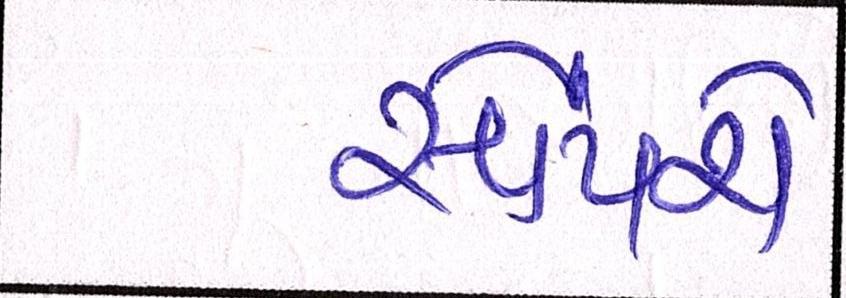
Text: સોંપશે